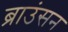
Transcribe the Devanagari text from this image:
ब्राउंसन